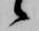
候